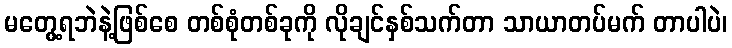
မတွေ့ရဘဲနဲ့ဖြစ်စေ တစ်စုံတစ်ခုကို လိုချင်နှစ်သက်တာ သာယာတပ်မက် တာပါပဲ၊